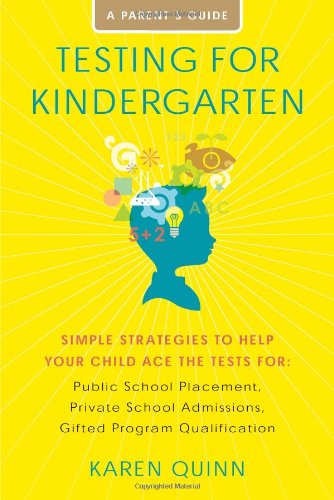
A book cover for Testing for Kindergarten: Simple Strategies to Help Your Child Ace the Tests for: Public School Placement, Private School Admissions, Gifted Program Qualification; Karen Quinn; Education & Teaching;